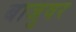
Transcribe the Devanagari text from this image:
बाजुवर